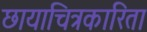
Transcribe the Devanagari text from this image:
छायाचित्रकारिता